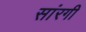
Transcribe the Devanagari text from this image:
सांरगी